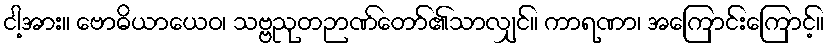
ငါ့အား။ ဗောဓိယာယေဝ၊ သဗ္ဗညုတဉာဏ်တော်၏သာလျှင်။ ကာရဏာ၊ အကြောင်းကြောင့်။